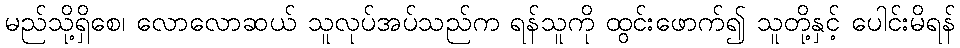
မည်သို့ရှိစေ၊ လောလောဆယ် သူလုပ်အပ်သည်က ရန်သူကို ထွင်းဖောက်၍ သူတို့နှင့် ပေါင်းမိရန်